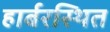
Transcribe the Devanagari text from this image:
हार्बरस्थित